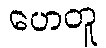
ဟေတူ